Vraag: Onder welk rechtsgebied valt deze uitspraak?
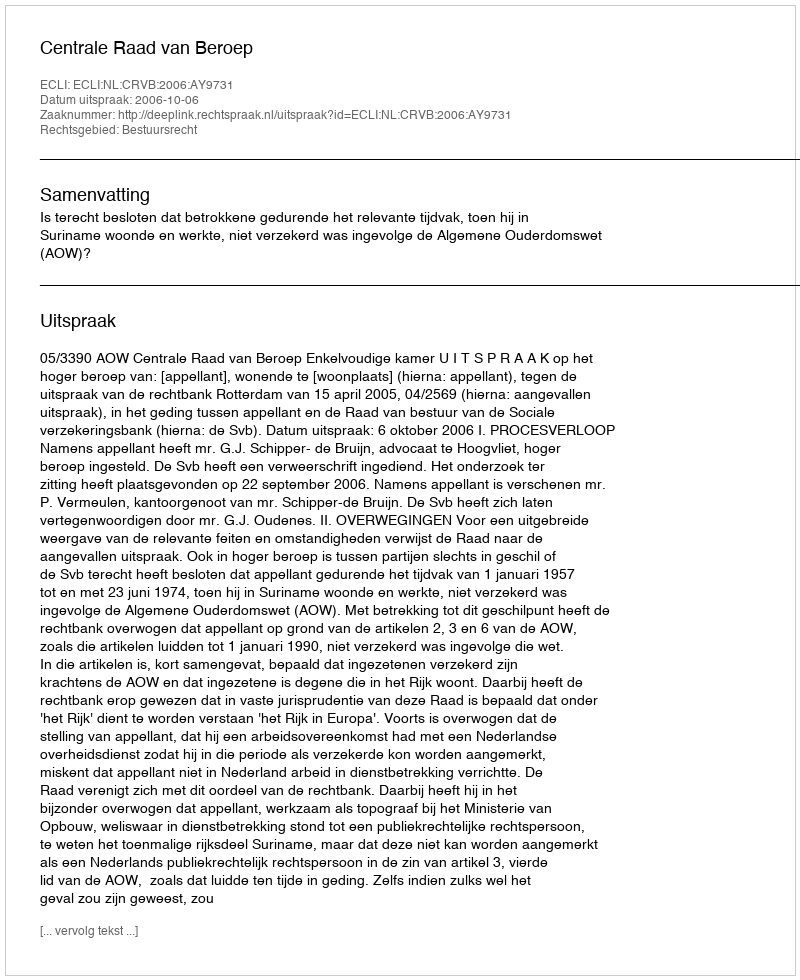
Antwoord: Bestuursrecht